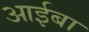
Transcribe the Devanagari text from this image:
आईबा